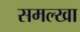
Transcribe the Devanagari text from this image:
समल्खा